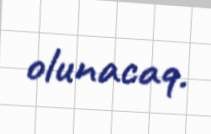
olunacaq.